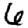
Digit: 6